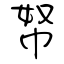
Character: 帑